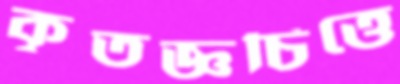
কৃতজ্ঞচিত্তে